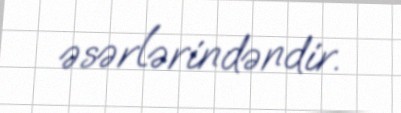
əsərlərindəndir.